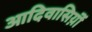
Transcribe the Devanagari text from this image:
आदिवासिय़ॊं